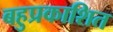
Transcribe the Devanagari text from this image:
बहुप्रकाशित